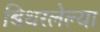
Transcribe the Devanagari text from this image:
बिथरलेल्या